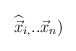
\begin{align*}\widehat{\vec{x}}_{i,}..\vec{x}_{n})\end{align*}